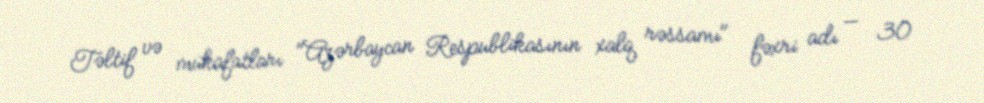
Təltif və mükafatları "Azərbaycan Respublikasının xalq rəssamı" fəxri adı — 30